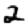
Digit: 2